Report of the Imperial Institute of Veterinary Research, Muktesar
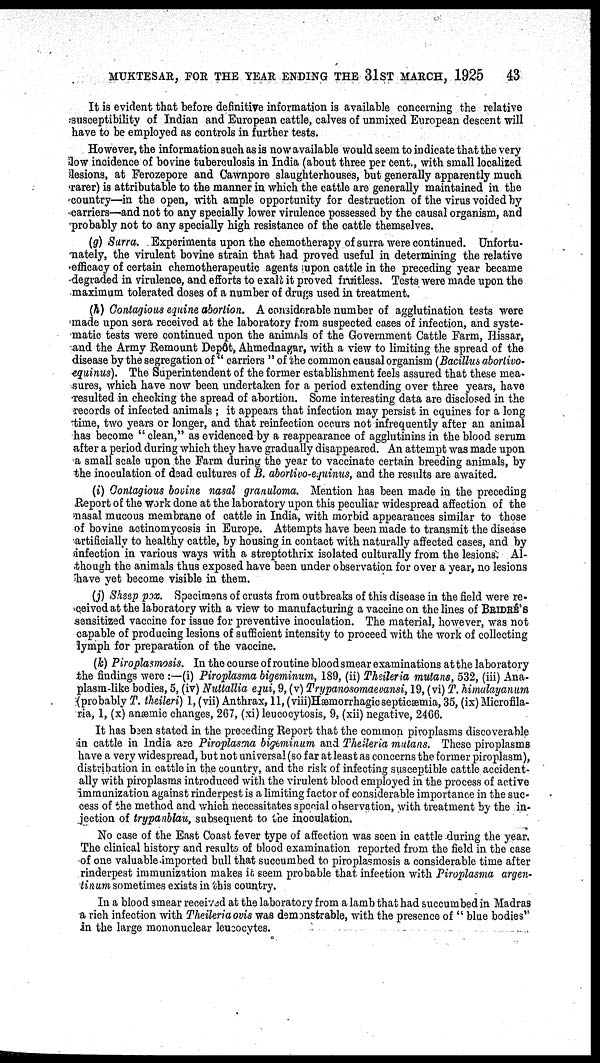
MUKTESAR, FOR THE YEAR ENDING THE 31ST MARCH, 1925
43
It is evident that before definitive information is available concerning the relative
susceptibility of Indian and European cattle, calves of unmixed European descent will
have to be employed as controls in further tests.
However, the information such as is now available would seem to indicate that the very
low incidence of bovine tuberculosis in India (about three per cent., with small localized
lesions, at Ferozepore and Cawnpore slaughterhouses, but generally apparently much
rarer) is attributable to the manner in which the cattle are generally maintained in the
country—in the open, with ample opportunity for destruction of the virus voided by
carriers—and not to any specially lower virulence possessed by the causal organism, and
probably not to any specially high resistance of the cattle themselves.
(g) Surra. Experiments upon the chemotherapy of surra were continued. Unfortu-
nately, the virulent bovine strain that had proved useful in determining the relative
efficacy of certain chemotherapeutic agents upon cattle in the preceding year became
degraded in virulence, and efforts to exalt it proved fruitless. Tests were made upon the
maximum tolerated doses of a number of drugs used in treatment.
(h) Contagious equine abortion. A considerable number of agglutination tests were
made upon sera received at the laboratory from suspected cases of infection, and syste-
matic tests were continued upon the animals of the Government Cattle Farm, Hissar,
and the Army Remount Depôt, Ahmednagar, with a view to limiting the spread of the
disease by the segregation of " carriers " of the common causal organism (Bacillus abortivo-
equinus). The Superintendent of the former establishment feels assured that these mea-
sures, which have now been undertaken for a period extending over three years, have
resulted in checking the spread of abortion. Some interesting data are disclosed in the
records of infected animals ; it appears that infection may persist in equines for a long
time, two years or longer, and that reinfection occurs not infrequently after an animal
has become " clean," as evidenced by a reappearance of agglutinins in the blood serum
after a period during which they have gradually disappeared. An attempt was made upon
a small scale upon the Farm during the year to vaccinate certain breeding animals, by
the inoculation of dead cultures of B. abortivo-equinus, and the results are awaited.
(i) Contagious bovine nasal granuloma. Mention has been made in the preceding
Report of the work done at the laboratory upon this peculiar widespread affection of the
nasal mucous membrane of cattle in India, with morbid appearances similar to those
of bovine actinomycosis in Europe. Attempts have been made to transmit the disease
artificially to healthy cattle, by housing in contact with naturally affected cases, and by
infection in various ways with a streptothrix isolated culturally from the lesions. Al-
though the animals thus exposed have been under observation for over a year, no lesions
have yet become visible in them.
(j) Sheep pox. Specimens of crusts from outbreaks of this disease in the field were re-
ceived at the laboratory with a view to manufacturing a vaccine on the lines of BRIDRE'S
sensitized vaccine for issue for preventive inoculation. The material, however, was not
capable of producing lesions of sufficient intensity to proceed with the work of collecting
lymph for preparation of the vaccine.
(k) Piroplasmosis. In the course of routine blood smear examinations at the laboratory
the findings were :—(i) Piroplasma bigeminum, 189, (ii) Theileria mutans, 532, (iii) Ana-
plasm-like bodies, 5, (iv) Nuttallia equi, 9, (v) Trypanosomaevansi, 19, (vi) T. himalayanum
(probably T. theileri) 1, (vii) Anthrax, 11, (viii)Hæmorrhagic septicæmia, 35, (ix) Microfila-
ria, 1, (x) anæmic changes, 267, (xi) leucocytosis, 9, (xii) negative, 2466.
It has been stated in the preceding Report that the common piroplasms discoverable
in cattle in India are Piroplasma bigeminum and Theileria mutans. These piroplasms
have a very widespread, but not universal (so far at least as concerns the former piroplasm),
distribution in cattle in the country, and the risk of infecting susceptible cattle accident-
ally with piroplasms introduced with the virulent blood employed in the process of active
immunization against rinderpest is a limiting factor of considerable importance in the suc-
cess of the method and which necessitates special observation, with treatment by the in-
jection of trypanblau, subsequent to the inoculation.
No case of the East Coast fever type of affection was seen in cattle during the year.
The clinical history and results of blood examination reported from the field in the case
of one valuable imported bull that succumbed to piroplasmosis a considerable time after
rinderpest immunization makes it seem probable that infection with Piroplasma argen¬
tinum sometimes exists in this country.
In a blood smear received at the laboratory from a lamb that had succumbed in Madras
a rich infection with Theileria ovis was demonstrable, with the presence of " blue bodies"
in the large mononuclear leucocytes.